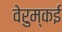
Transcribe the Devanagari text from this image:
वेरुम्कई